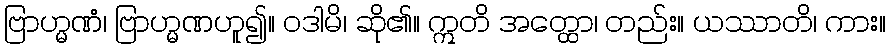
ဗြာဟ္မဏံ၊ ဗြာဟ္မဏဟူ၍။ ဝဒါမိ၊ ဆို၏။ ဣတိ အတ္ထော၊ တည်း။ ယဿာတိ၊ ကား။